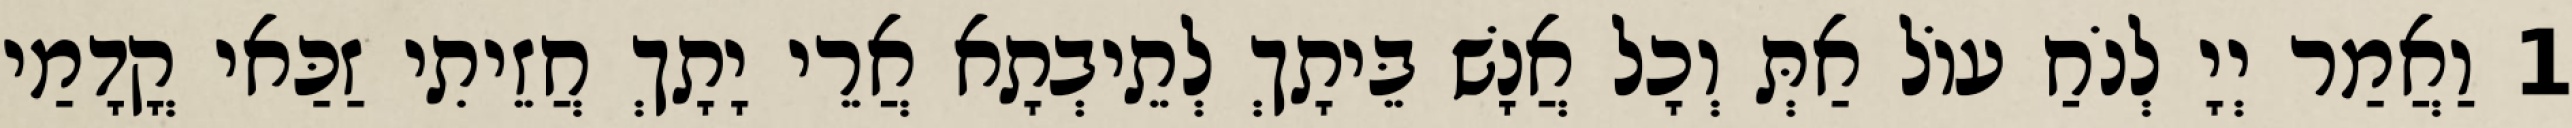
1 וַאֲמַר יְיָ לְנֹחַ עוֹל אַתְּ וְכָל אֲנָשׁ בֵּיתָךְ לְתֵיבְתָא אֲרֵי יָתָךְ חֲזֵיתִי זַכַּאי קֳדָמַי